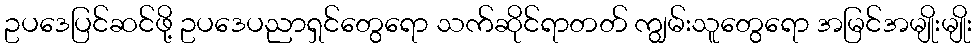
ဥပဒေပြင်ဆင်ဖို့ ဥပဒေပညာရှင်တွေရော သက်ဆိုင်ရာတတ် ကျွမ်းသူတွေရော အမြင်အမျိုးမျိုး